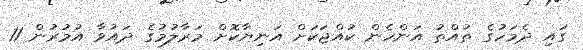
ގައި ދެމަހުގެ ތުއްތު އަންހެން ކުއްޖަކަށް އަނިޔާކޮށް މަރާލުމުގެ ދައުވާ އުމުރުން 11